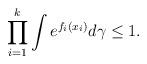
LaTeX: \begin{align*}\prod_{i=1}^k \int e^{f_i(x_i)} d \gamma \le 1. \end{align*}